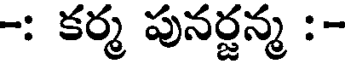
-: కర్మ పునర్జన్మ :-